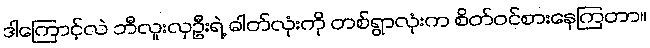
ဒါကြောင့်လဲ ဘီလူးလှဦးရဲ့ ဓါတ်လုံးကို တစ်ရွာလုံးက စိတ်ဝင်စားနေကြတာ။